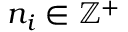
n _ { i } \in \mathbb { Z } ^ { + }